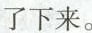
了下来。